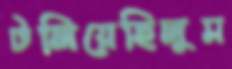
টলিয়েছিলুম